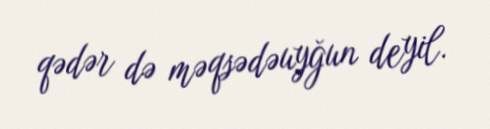
qədər də məqsədəuyğun deyil.